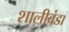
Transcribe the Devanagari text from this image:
शालीबंडा